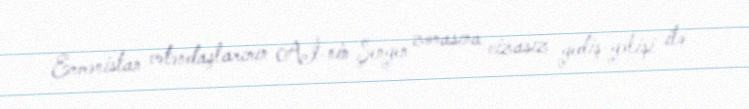
Ermənistan vətəndaşlarının Aİ-nin Şengen zonasına vizasız gediş-gəlişi ilə